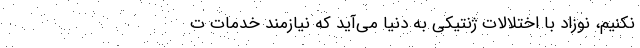
نکنیم، نوزاد با اختلالات ژنتیکی به دنیا می‌آید که نیازمند خدمات ت